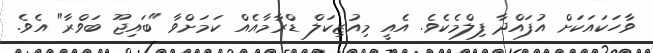
ވާހަކައަކަށް އުފައްދާ ފިލްމެކެވެ. އެއީ މިއުޒިކަލް ޑްރާމާއެއް ކަމަށްވާ "ބައިޖޫ ބަވްރާ" އެވެ.